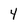
Character: 4